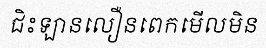
ជិះឡានលឿនពេកមើលមិន